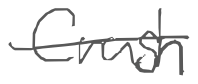
Text: Crush
Cross-out: mix
Writing tool: digital_gray